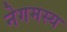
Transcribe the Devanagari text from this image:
नेगमस्य